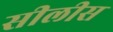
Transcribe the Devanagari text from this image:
सीलीस